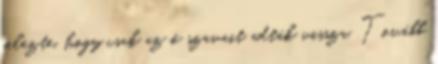
jelezte, hogy csak az ő szavait adták vissza. Tovább